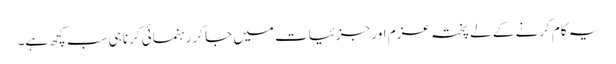
یہ کام کرنے کے لے پختہ عزم اور جزئیات میں جا کر رہنمائی کرنا ہی سب کچھ ہے۔